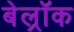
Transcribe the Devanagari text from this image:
बेल्रॉक